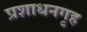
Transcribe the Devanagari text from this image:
प्रशाधनगृह